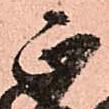
正